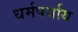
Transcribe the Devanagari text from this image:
धर्मपर्याय